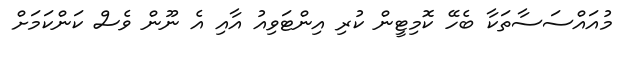
މުއައްސަސާތަކާ ބެހޭ ކޮމިޓީން ކުރި އިންޓަވިއު އާއި އެ ނޫން ވެސް ކަންކަމަށް